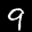
Label: 9